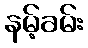
နမ့်ခမ်း